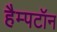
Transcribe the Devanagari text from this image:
हैम्पटॉन